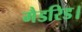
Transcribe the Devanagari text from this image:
मैडरिड।